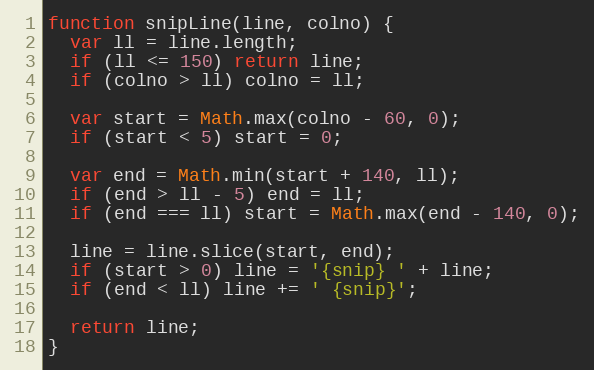
Language: JavaScript
function snipLine(line, colno) {
  var ll = line.length;
  if (ll <= 150) return line;
  if (colno > ll) colno = ll;

  var start = Math.max(colno - 60, 0);
  if (start < 5) start = 0;

  var end = Math.min(start + 140, ll);
  if (end > ll - 5) end = ll;
  if (end === ll) start = Math.max(end - 140, 0);

  line = line.slice(start, end);
  if (start > 0) line = '{snip} ' + line;
  if (end < ll) line += ' {snip}';

  return line;
}